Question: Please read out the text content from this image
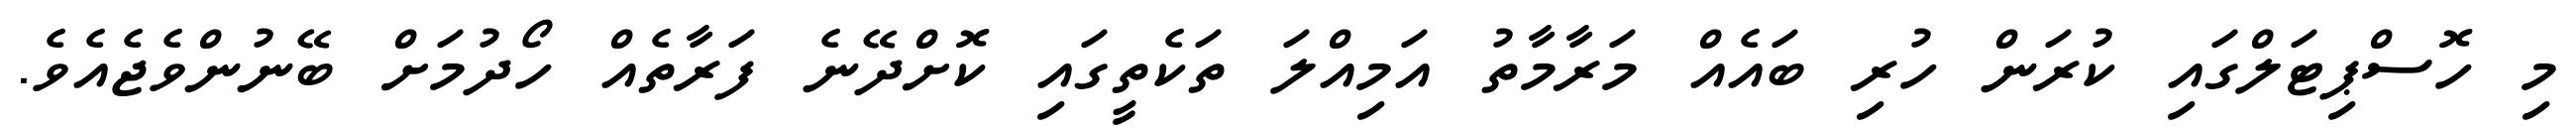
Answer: މި ހޮސްޕިޓަލްގައި ކުރަން ހުރި ބައެއް މަރާމާތު އަމިއްލަ ތަކެތީގައި ކޮށްދޭނެ ފަރާތެއް ހޯދުމަށް ބޭނުންވެޖެއެވެ.